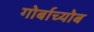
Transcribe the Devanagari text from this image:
गोर्बाच्योब